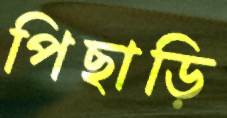
পিছাড়ি